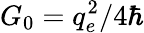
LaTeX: G_{0}=q_{e}^{2}/4\hbar